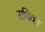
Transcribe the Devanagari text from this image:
ऱाधिका